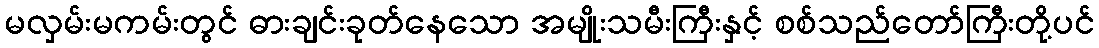
မလှမ်းမကမ်းတွင် ဓားချင်းခုတ်နေသော အမျိုးသမီးကြီးနှင့် စစ်သည်တော်ကြီးတို့ပင်